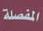
المفصلة